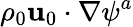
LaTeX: \rho_{0}\mathbf{u}_{0}\cdot\nabla\psi^{a}